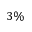
3 \%